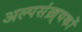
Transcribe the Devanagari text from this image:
अल्पसंख़्यकों